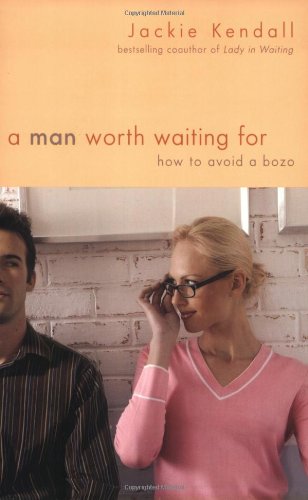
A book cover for A Man Worth Waiting For: How to Avoid a Bozo; Jackie Kendall; Self-Help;